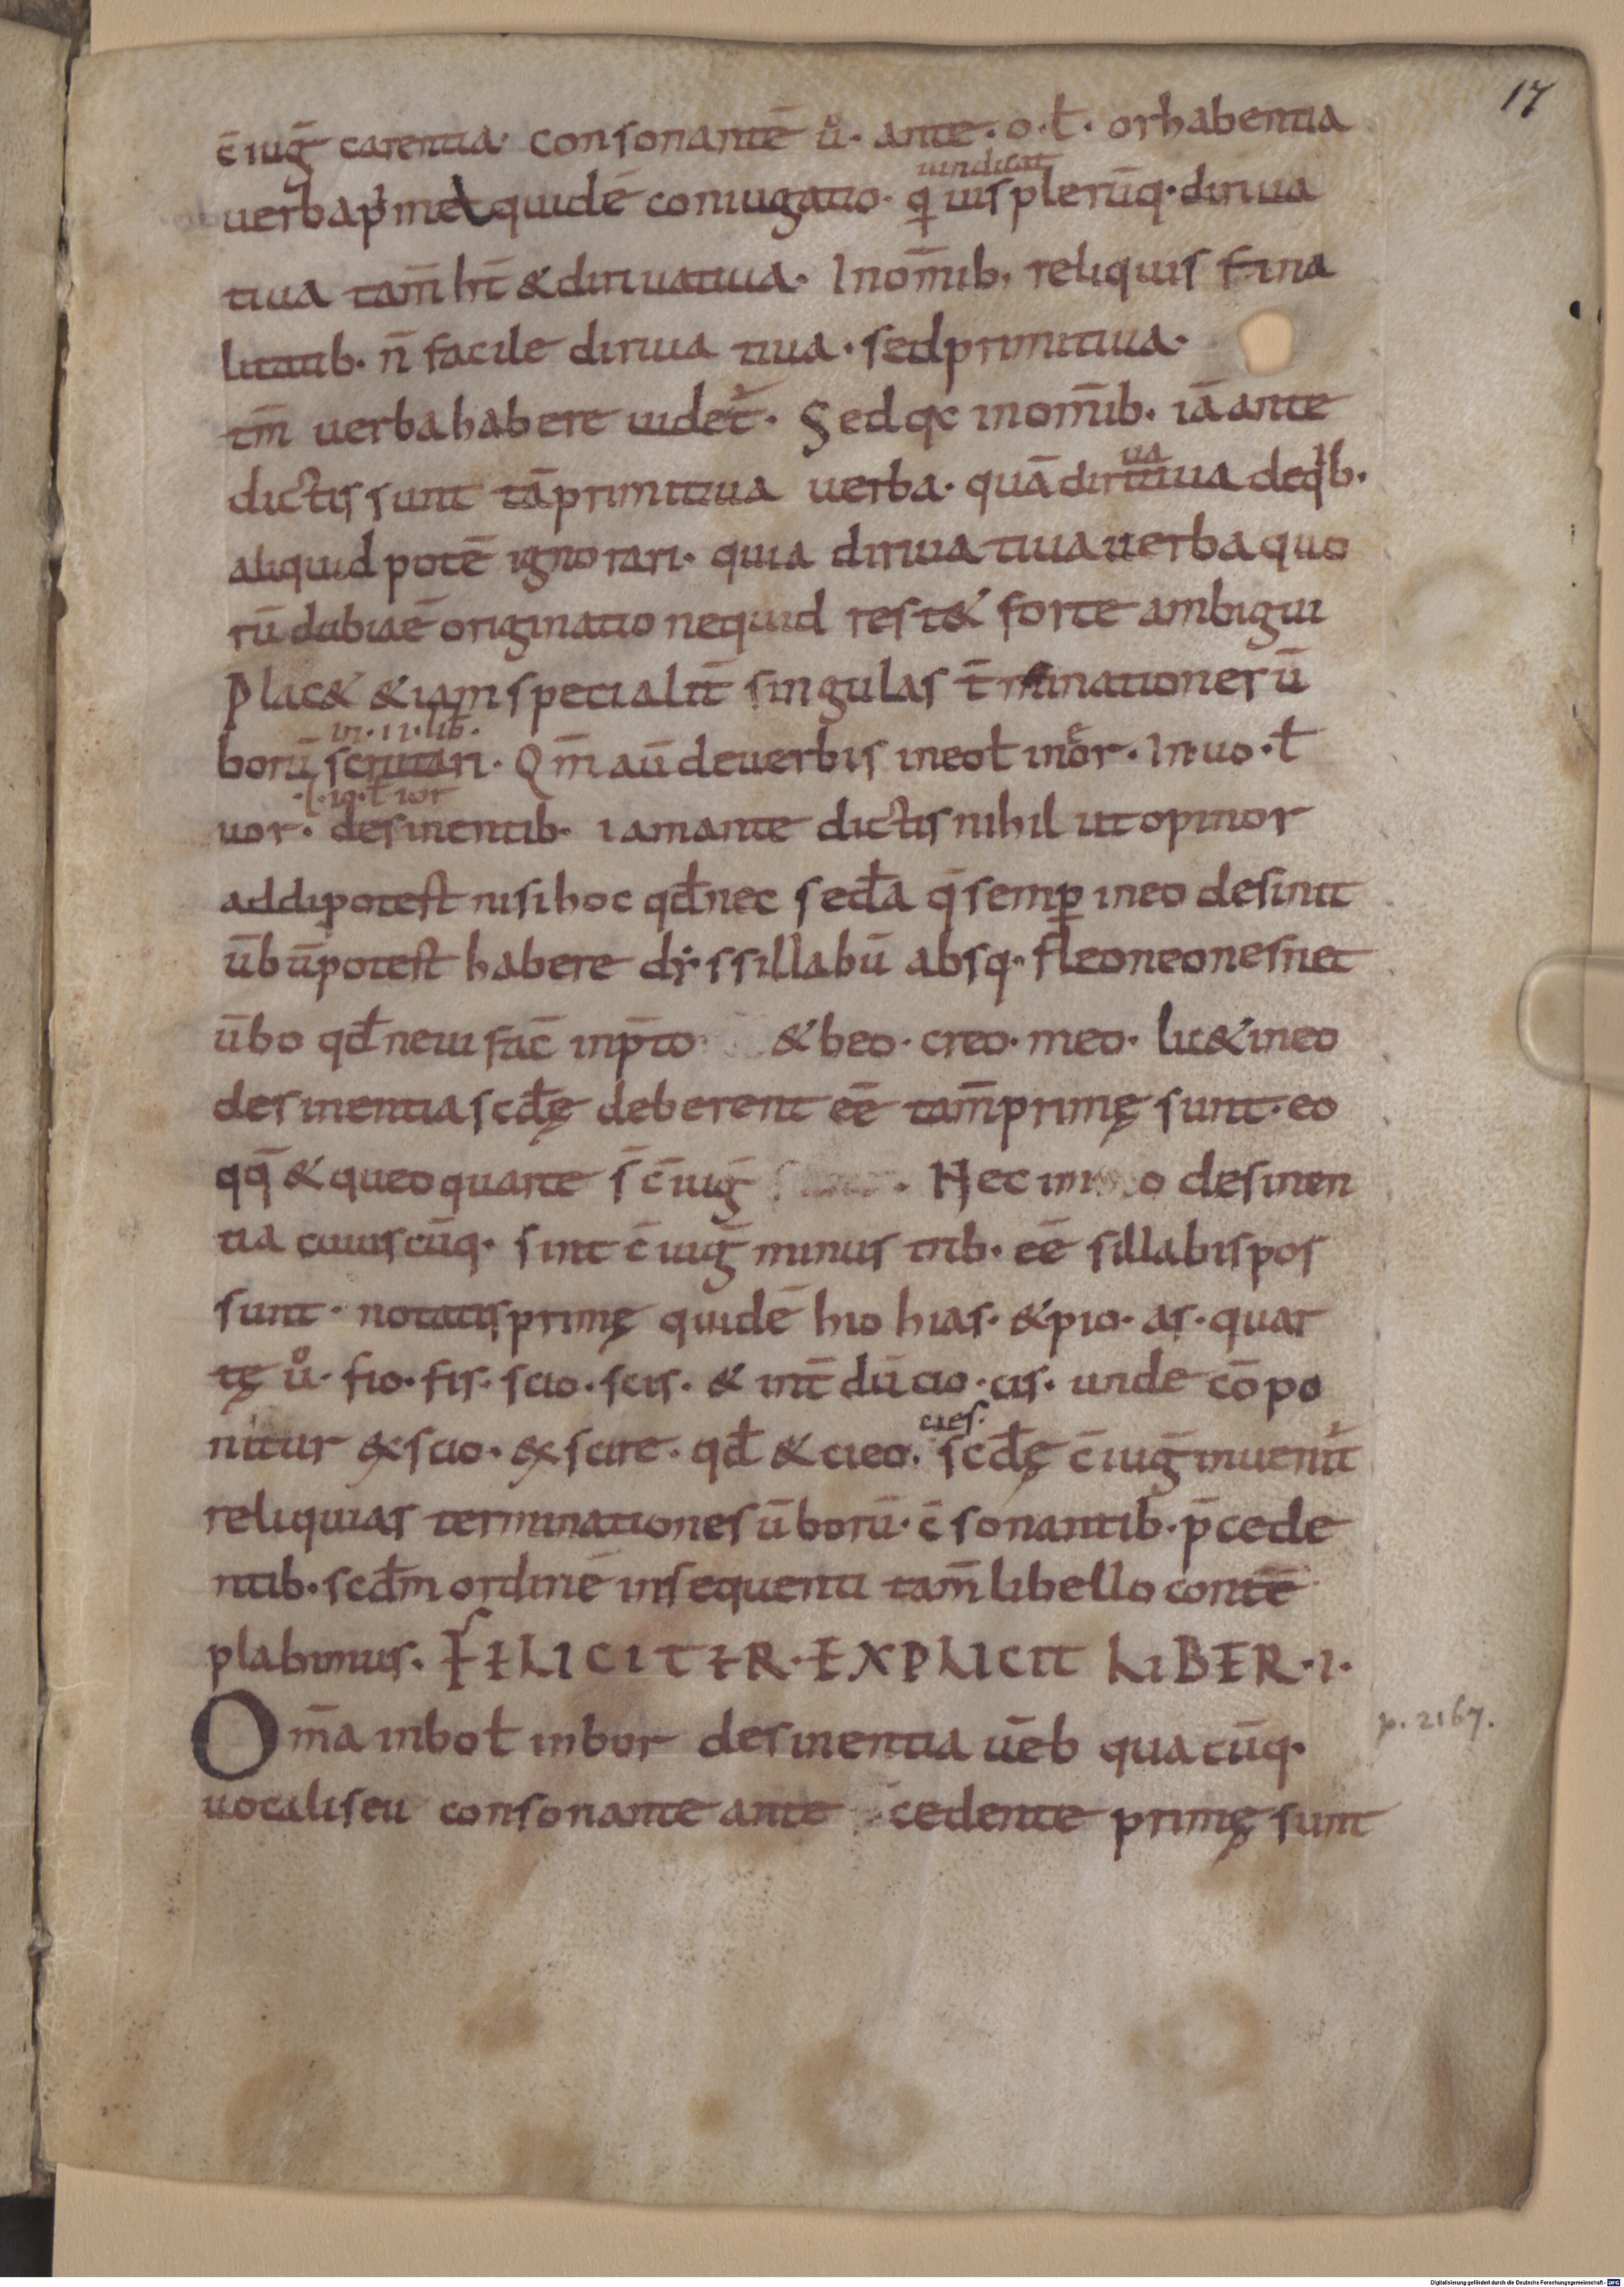
Shelfmark: Munich, Bayerische Staatsbibliothek, Clm 6417
Century: 10